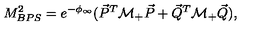
M _ { B P S } ^ { 2 } = e ^ { - \phi _ { \infty } } ( \vec { P } ^ { T } { \cal M } _ { + } \vec { P } + \vec { Q } ^ { T } { \cal M } _ { + } \vec { Q } ) ,